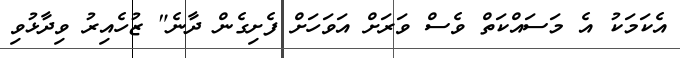
އެކަމަކު އެ މަސައްކަތް ވެސް ވަރަށް އަވަހަށް ފެށިގެން ދާނެ" ޒުހެއިރު ވިދާޅުވި